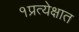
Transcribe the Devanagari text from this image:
१प्रत्येक्षात